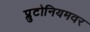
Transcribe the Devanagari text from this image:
प्लुटोनियमवर